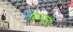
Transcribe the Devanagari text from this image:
बिब्याची